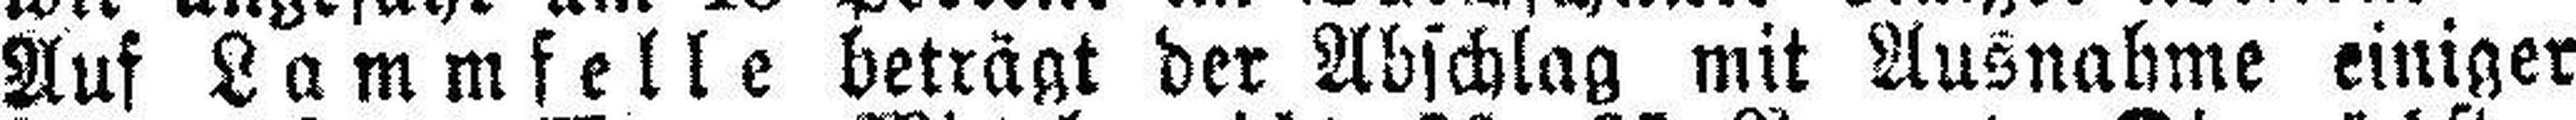
Auf Lammfelle beträgt der Abschlag mit Ausnahme einiger